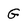
Character: G